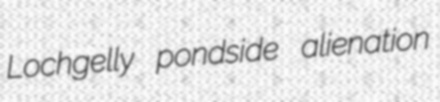
Lochgelly pondside alienation